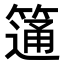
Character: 𥲆